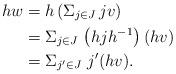
LaTeX: \begin{align*}hw &=h\left(\Sigma_{j\in J}\,jv\right) \\ &= \Sigma_{j\in J}\,\left(hjh^{-1}\right)(hv)\\ &= \Sigma_{j'\in J}\ j'(hv).\end{align*}